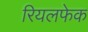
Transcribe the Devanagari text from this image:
रियलफेक